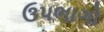
ઉપભાગો